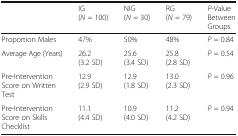
<table><thead><tr><td></td><td><b>IG(<i>N</i> = 100)</b></td><td><b>NIG(<i>N</i> = 30)</b></td><td><b>RG(<i>N</i> = 79)</b></td><td><b><i>P</i>-Value Between Groups</b></td></tr></thead><tbody><tr><td>Proportion Males</td><td>47%</td><td>50%</td><td>48%</td><td><i>P</i> = 0.84</td></tr><tr><td>Average Age (Years)</td><td>26.2(3.2 SD)</td><td>25.6(3.4 SD)</td><td>25.8(2.8 SD)</td><td><i>P</i> = 0.54</td></tr><tr><td>Pre-Intervention Score on Written Test</td><td>12.9(2.9 SD)</td><td>12.9(1.8 SD)</td><td>13.0(2.3 SD)</td><td><i>P</i> = 0.96</td></tr><tr><td>Pre-Intervention Score on Skills Checklist</td><td>11.1(4.4 SD)</td><td>10.9(4.0 SD)</td><td>11.2(4.2 SD)</td><td><i>P</i> = 0.94</td></tr></tbody></table>